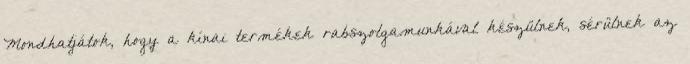
Mondhatjátok, hogy a kínai termékek rabszolgamunkával készülnek, sérülnek az